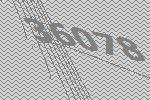
36078